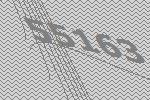
55163